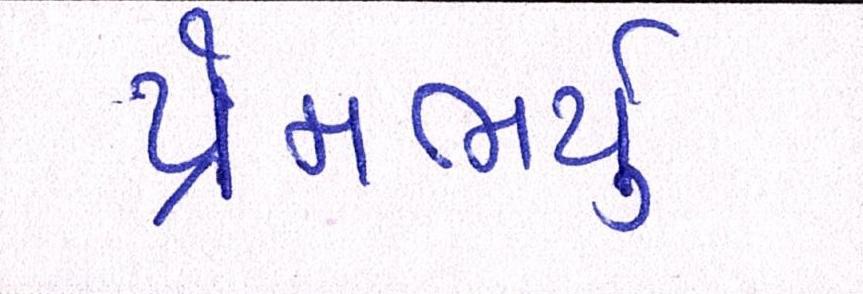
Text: પ્રેમભર્યું